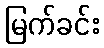
မြက်ခင်း